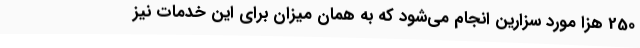
250 هزا مورد سزارین انجام می‌شود که به همان میزان برای این خدمات نیز